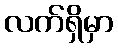
လက်ရှိမှာ